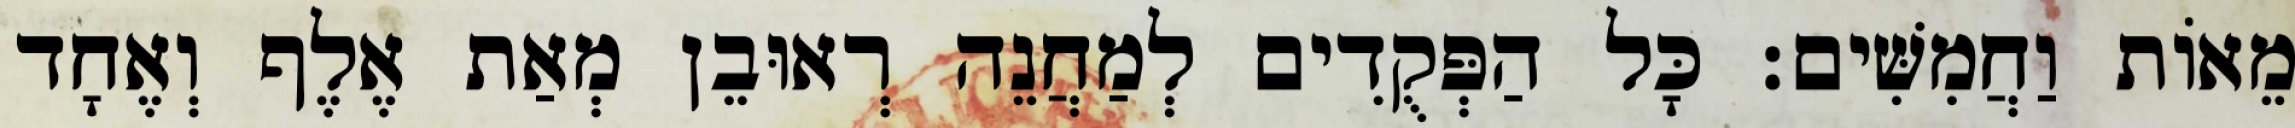
מֵאוֹת וַחֲמִשִּׁים׃ כָּל הַפְּקֻדִים לְמַחֲנֵה רְאוּבֵן מְאַת אֶלֶף וְאֶחָד